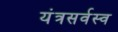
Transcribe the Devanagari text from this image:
यंत्रसर्वस्व